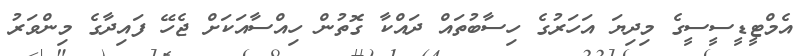
އެމްޓީޑީސީސީގެ މިދިޔަ އަހަރުގެ ހިސާބުތައް ދައްކާ ގޮތުން ހިއްސާއަކަށް ޖެހޭ ފައިދާގެ މިންވަރު